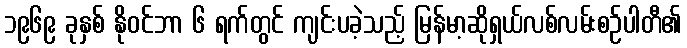
၁၉၆၉ ခုနှစ် နိုဝင်ဘာ ၆ ရက်တွင် ကျင်းပခဲ့သည့် မြန်မာ့ဆိုရှယ်လစ်လမ်းစဉ်ပါတီ၏